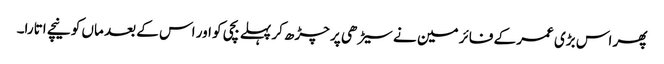
پھر اس بڑی عمر کے فائر مین نے سیڑھی پر چڑھ کر پہلے بچی کو اور اس کے بعد ماں کو نیچے اتارا۔